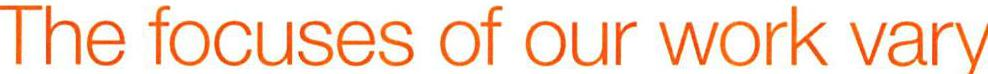
The focuses of our work vary